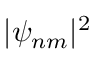
| \psi _ { n m } | ^ { 2 }